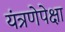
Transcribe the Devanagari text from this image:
यंत्रणेपेक्षा